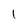
Character: I